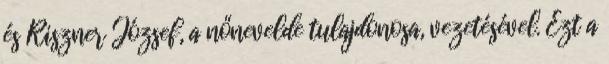
és Riszner József, a nőnevelde tulajdonosa, vezetésével. Ezt a